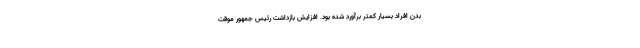
بدن افراد بسیار کمتر برآورد شده بود. افزایش بازداشت رئیس جمهور موقت